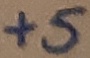
Text: +5